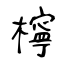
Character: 檸